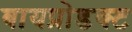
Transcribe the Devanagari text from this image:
बायप्रोडक्ट